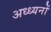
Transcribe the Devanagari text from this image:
अध्ध्यनों